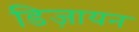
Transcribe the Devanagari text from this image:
डिज़ायन